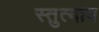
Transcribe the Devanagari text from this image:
स्तुत्याय